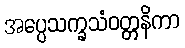
အပ္ပေသက္ခသံဝတ္တနိကာ